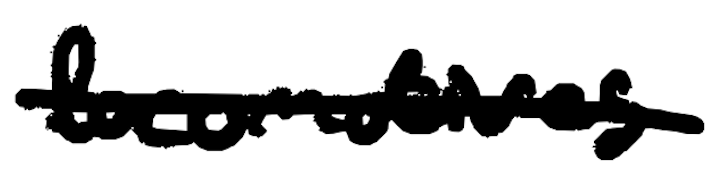
Text: locomotives
Cross-out: single-line
Writing tool: digital_black